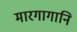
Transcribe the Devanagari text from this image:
मारगागानि